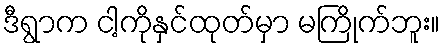
ဒီရွာက ငါ့ကိုနှင်ထုတ်မှာ မကြိုက်ဘူး။